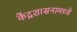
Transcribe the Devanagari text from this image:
केंद्रशासनामध्ये